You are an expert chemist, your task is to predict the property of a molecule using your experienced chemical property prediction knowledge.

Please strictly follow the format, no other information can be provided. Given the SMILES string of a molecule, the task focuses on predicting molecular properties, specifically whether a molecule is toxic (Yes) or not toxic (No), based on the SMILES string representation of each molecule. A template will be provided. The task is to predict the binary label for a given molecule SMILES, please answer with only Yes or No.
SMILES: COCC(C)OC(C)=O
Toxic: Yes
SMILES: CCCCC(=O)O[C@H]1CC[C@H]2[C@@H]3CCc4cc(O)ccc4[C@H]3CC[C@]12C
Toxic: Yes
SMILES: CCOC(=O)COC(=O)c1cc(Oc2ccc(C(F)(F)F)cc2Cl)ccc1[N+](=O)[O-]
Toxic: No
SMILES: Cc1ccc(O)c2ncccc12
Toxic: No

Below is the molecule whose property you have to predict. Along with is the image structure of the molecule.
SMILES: CC(C)=CC=O
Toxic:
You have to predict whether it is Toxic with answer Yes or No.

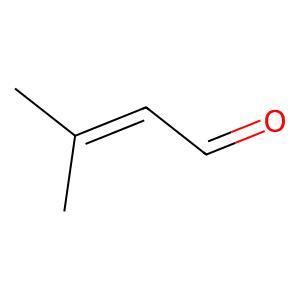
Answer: No